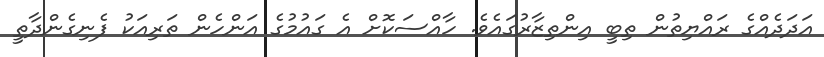
އަދަދެއްގެ ރައްޔިތުން ތިބީ އިންތިޒާރުގައެވެ. ހާއްސަކޮށް އެ ގައުމުގެ އަންހެން ތަރިއަކު ފެނިގެންދާތީ